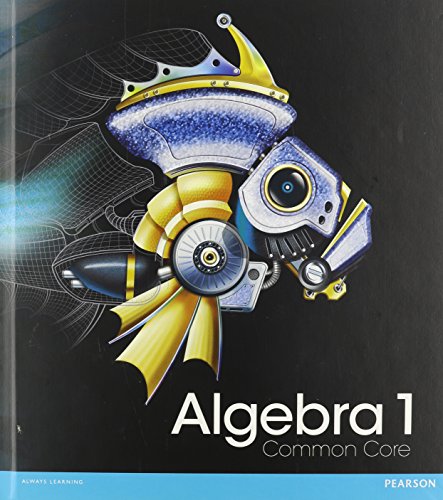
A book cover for Algebra 1 Common Core Student Edition, Grade 8-9; Education & Teaching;